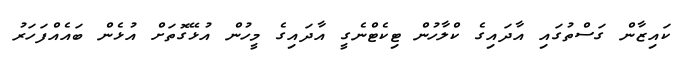
ކައިޒާން ގަސްތުގައި އާދައިގެ ކްލާހުން ޓިކެޓްނެގީ އާދައިގެ މީހުން އުޅޭގޮތަށް އުޅެން ބައެއްފަހަރު